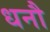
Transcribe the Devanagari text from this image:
धनौ